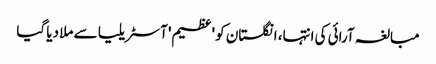
مبالغہ آرائی کی انتہا، انگلستان کو 'عظیم' آسٹریلیا سے ملا دیا گیا